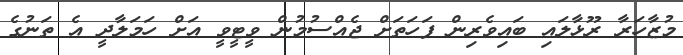
މުޒާހަރާ ރޫޅާލައި ބައިވެރިން ފަހަތަށް ޖެއްސުމުން ވީޓީވީ އަށް ހަމަލާދީ އެ ތަނުގެ